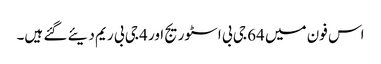
اس فون میں 64 جی بی اسٹوریج اور 4 جی بی ریم دیئے گئے ہیں۔